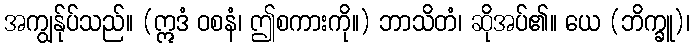
အကျွန်ုပ်သည်။ (ဣဒံ ဝစနံ၊ ဤစကားကို။) ဘာသိတံ၊ ဆိုအပ်၏။ ယေ (ဘိက္ခူ)၊